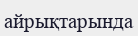
айрықтарында